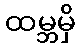
ထမ္ဘမှိ